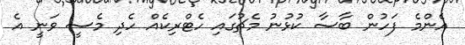
އެންމެ ފަހުން ބާސާ ކުޅުނު މެޗުގައި ހެޓްރިކެއް ހެދި މެސީ ވަނީ އެ